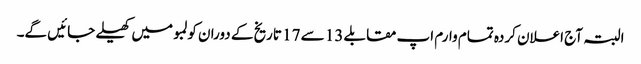
البتہ آج اعلان کردہ تمام وارم اپ مقابلے 13 سے 17 تاریخ کے دوران کولمبو میں کھیلے جائیں گے۔